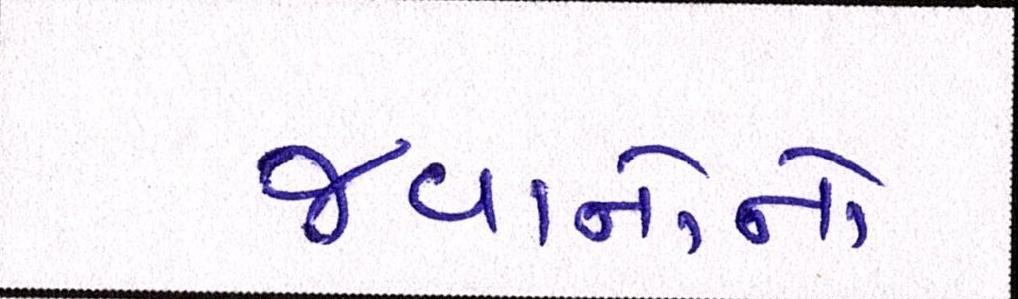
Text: જવાનોનો